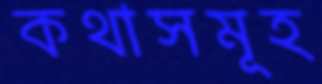
কথাসমূহ